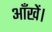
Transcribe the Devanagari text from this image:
आँखें।